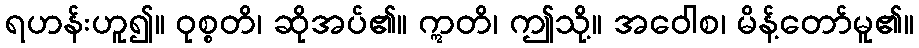
ရဟန်းဟူ၍။ ဝုစ္စတိ၊ ဆိုအပ်၏။ ဣတိ၊ ဤသို့။ အဝေါစ၊ မိန့်တော်မူ၏။